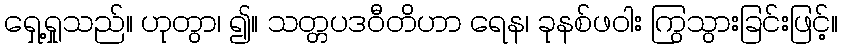
ရှေ့ရှုသည်။ ဟုတွာ၊ ၍။ သတ္တပဒဝီတိဟာ ရေန၊ ခုနစ်ဖဝါး ကြွသွားခြင်းဖြင့်။